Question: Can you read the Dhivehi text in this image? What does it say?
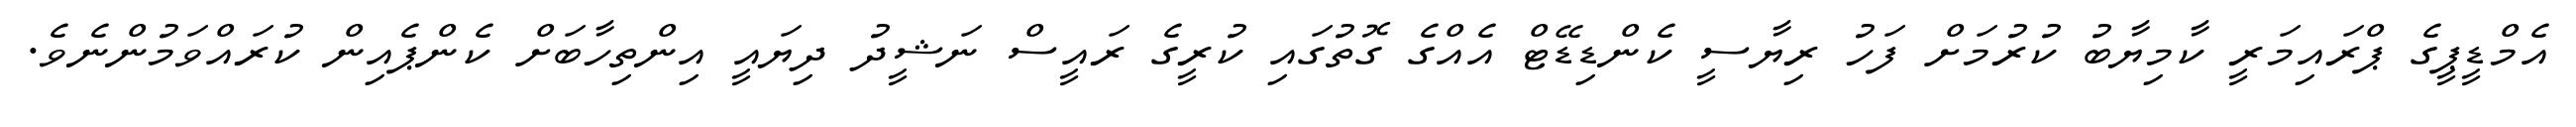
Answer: އެމްޑީޕީގެ ޕްރައިމަރީ ކާމިޔާބު ކުރުމަށް ފަހު ރިޔާސީ ކެންޑިޑޭޓް އެއްގެ ގޮތުގައި ކުރީގެ ރައީސް ނަޝީދު ދިޔައީ އިންތިހާބަށް ކެންޕެއިން ކުރައްވަމުންނެވެ.